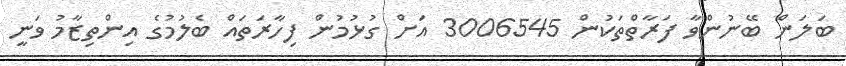
ބަލަން ބޭނުންވާ ފަރާތްތަކުން 3006545 އަށް ގުޅުމުން ފިހާރަތައް ބެލުމުގެ އިންތިޒާމު ވަނީ